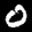
Label: 0